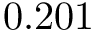
0 . 2 0 1